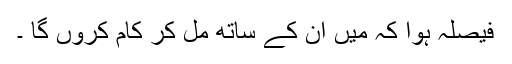
فیصلہ ہوا کہ میں اُن کے ساتھ مل کر کام کروں گا ۔